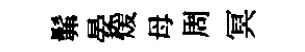
髴晏煖母周冥